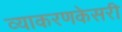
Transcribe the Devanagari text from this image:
व्याकरणकेसरी